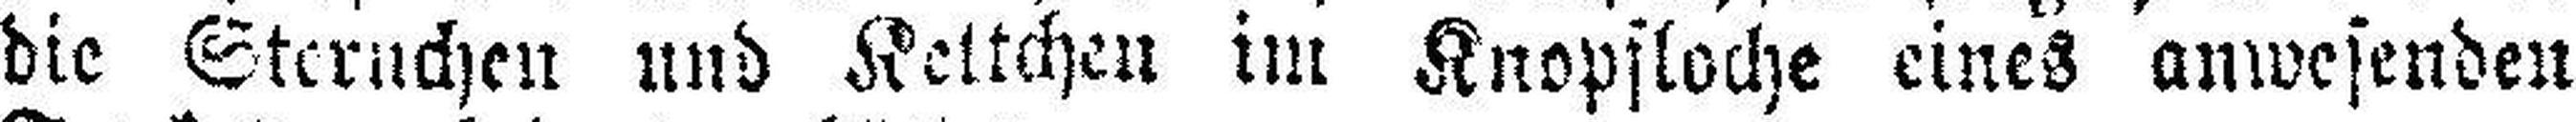
die Sternchen und Kettchen im Knopfloche eines anwesenden